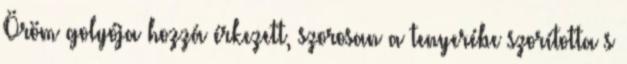
Öröm golyója hozzá érkezett, szorosan a tenyerébe szorította s